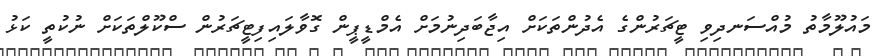
މައުލޫމާތު މުއްސަނދިވި ޓީޗަރުންގެ އެދުންތަކަށް އިޖާބަދިނުމަށް އެމްޑީޕީން ގޮވާލައިފިޓީޗަރުން ސްކޫލްތަކަށް ނުކުތީ ކަޅު